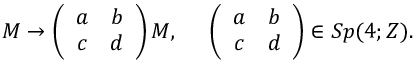
M \rightarrow \left( \begin{array} { c c } { { a } } & { { b } } \\ { { c } } & { { d } } \end{array} \right) M , \; \; \; \; \; \left( \begin{array} { c c } { { a } } & { { b } } \\ { { c } } & { { d } } \end{array} \right) \in S p ( 4 ; Z ) .